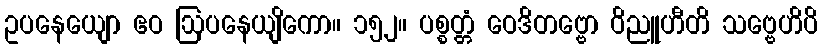
ဥပနေယျော ဧဝ ဩပနေယျိကော။ ၁၅၂။ ပစ္စတ္တံ ဝေဒိတဗ္ဗော ဝိညူဟီတိ သဗ္ဗေဟိပိ